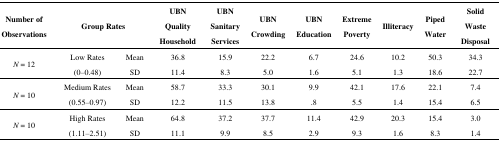
<table><thead><tr><td><b>Number of Observations</b></td><td colspan="2"><b>Group Rates</b></td><td><b>UBN Quality Household</b></td><td><b>UBN Sanitary Services</b></td><td><b>UBN Crowding</b></td><td><b>UBN Education</b></td><td><b>Extreme Poverty</b></td><td><b>Illiteracy</b></td><td><b>Piped Water</b></td><td><b>Solid Waste Disposal</b></td></tr></thead><tbody><tr><td rowspan="2"><i>N</i> = 12</td><td rowspan="2">Low Rates (0–0.48)</td><td>Mean</td><td>36.8</td><td>15.9</td><td>22.2</td><td>6.7</td><td>24.6</td><td>10.2</td><td>50.3</td><td>34.3</td></tr><tr><td>SD</td><td>11.4</td><td>8.3</td><td>5.0</td><td>1.6</td><td>5.1</td><td>1.3</td><td>18.6</td><td>22.7</td></tr><tr><td rowspan="2"><i>N</i> = 10</td><td rowspan="2">Medium Rates (0.55–0.97)</td><td>Mean</td><td>58.7</td><td>33.3</td><td>30.1</td><td>9.9</td><td>42.1</td><td>17.6</td><td>22.1</td><td>7.4</td></tr><tr><td>SD</td><td>12.2</td><td>11.5</td><td>13.8</td><td>.8</td><td>5.5</td><td>1.4</td><td>15.4</td><td>6.5</td></tr><tr><td rowspan="2"><i>N</i> = 10</td><td rowspan="2">High Rates (1.11–2.51)</td><td>Mean</td><td>64.8</td><td>37.2</td><td>37.7</td><td>11.4</td><td>42.9</td><td>20.3</td><td>15.4</td><td>3.0</td></tr><tr><td>SD</td><td>11.1</td><td>9.9</td><td>8.5</td><td>2.9</td><td>9.3</td><td>1.6</td><td>8.3</td><td>1.4</td></tr></tbody></table>